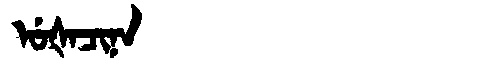
Manchu: ᡠᡧᠠᠴᡳᠨᠠ
Romanization: UŠACINA